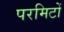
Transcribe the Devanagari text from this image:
परमिटों